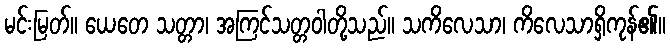
မင်းမြတ်။ ယေတေ သတ္တာ၊ အကြင်သတ္တဝါတို့သည်။ သကိလေသာ၊ ကိလေသာရှိကုန်၏။